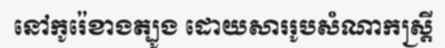
នៅកូរ៉េខាងត្បូង ដោយសាររូបសំណាកស្ត្រី